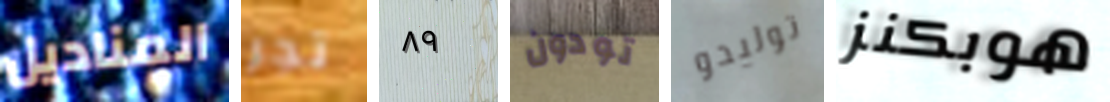
المناديل تجر ٨٩ تودون توليدو هوبكنز